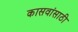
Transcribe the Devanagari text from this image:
कासवांसाठी